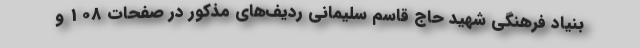
بنیاد فرهنگی شهید حاج قاسم سلیمانی ردیف­‌های مذکور در صفحات 108 و